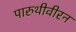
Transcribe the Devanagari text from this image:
पारुथीवीरन